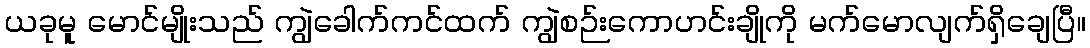
ယခုမူ မောင်မျိုးသည် ကျွဲခေါက်ကင်ထက် ကျွဲစဉ်းကောဟင်းချိုကို မက်မောလျက်ရှိချေပြီ။